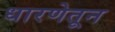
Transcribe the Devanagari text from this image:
धारणेतून